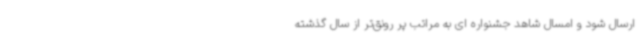
ارسال شود و امسال شاهد جشنواره ای به مراتب پر رونق‌تر از سال گذشته